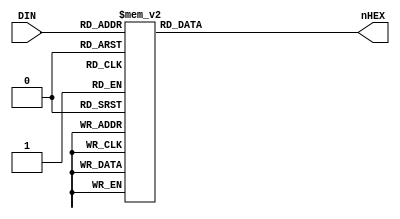
module SEG7DEC_TEN(
     input [3:0] DIN,//COUNT4bit
     output reg [6:0] nHEX
);

always @* begin
    case(DIN)
    4'h0:	nHEX = 7'b0111111;//
	4'h1:	nHEX = 7'b0111111;//
	4'h2:	nHEX = 7'b0111111;//
	4'h3:	nHEX = 7'b0111111;//
	4'h4:	nHEX = 7'b0111111;//
	4'h5:	nHEX = 7'b1111001;//1
	4'h6:	nHEX = 7'b1111001;//1
	4'h7:	nHEX = 7'b1111001;//1
	4'h8:	nHEX = 7'b1111001;//1
	4'h9:	nHEX = 7'b0100100;//2
	default:nHEX = 7'b1111111;
    endcase
end

endmodule